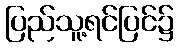
ပြည်သူ့ရင်ပြင်၌